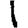
Digit: 1